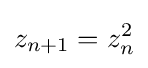
z_{n+1}=z_{n}^{2}